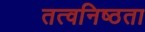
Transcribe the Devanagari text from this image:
तत्वनिष्ठता